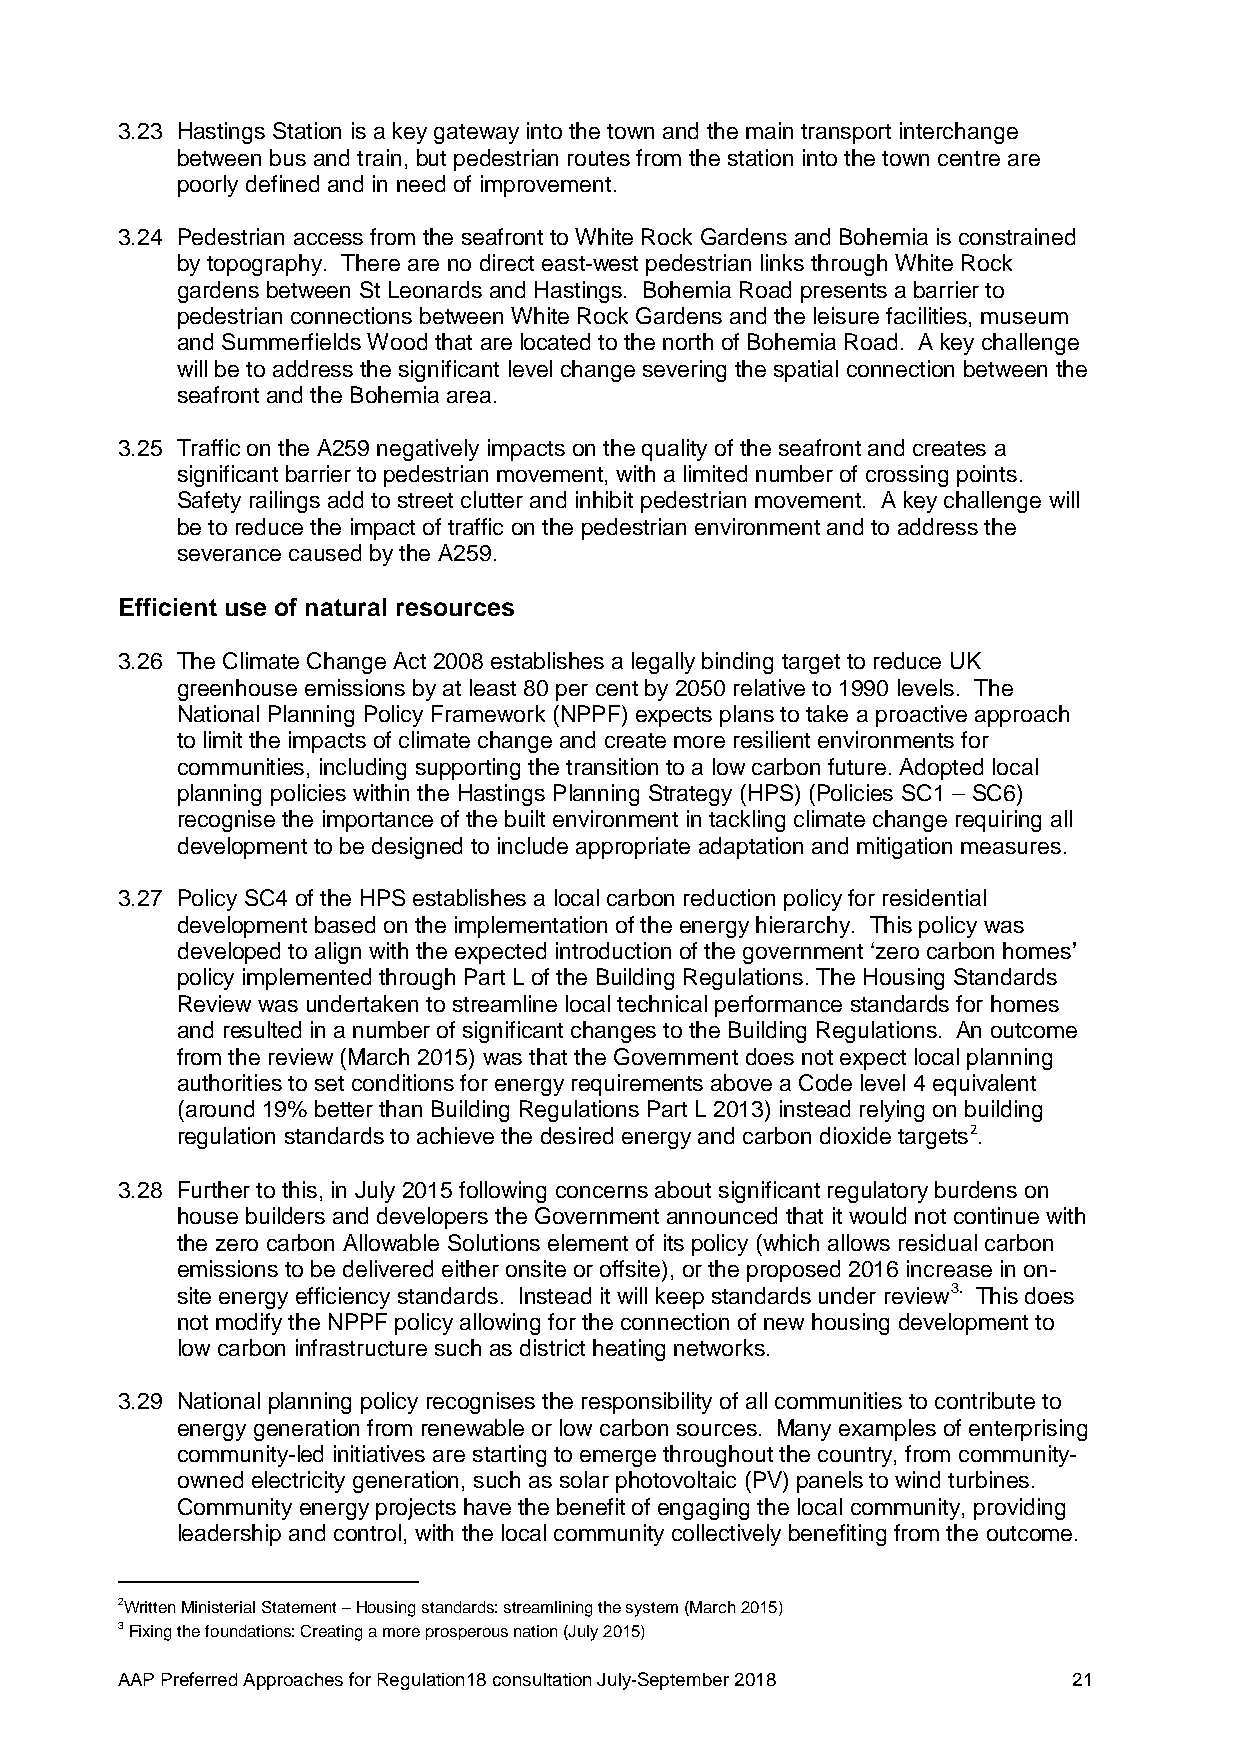
3.23 Hastings Station is a key gateway into the town and the main transport interchange
 between bus and train, but pedestrian routes from the station into the town centre are
 poorly defined and in need of improvement.
 3.24 Pedestrian access from the seafront to White Rock Gardens and Bohemia is constrained
 by topography. There are no direct east-west pedestrian links through White Rock
 gardens between St Leonards and Hastings. Bohemia Road presents a barrier to
 pedestrian connections between White Rock Gardens and the leisure facilities, museum
 and Summerfields Wood that are located to the north of Bohemia Road. A key challenge
 will be to address the significant level change severing the spatial connection between the
 seafront and the Bohemia area.
 3.25 Traffic on the A259 negatively impacts on the quality of the seafront and creates a
 significant barrier to pedestrian movement, with a limited number of crossing points.
 Safety railings add to street clutter and inhibit pedestrian movement. A key challenge will
 be to reduce the impact of traffic on the pedestrian environment and to address the
 severance caused by the A259.
 Efficient use of natural resources
 3.26 The Climate Change Act 2008 establishes a legally binding target to reduce UK
 greenhouse emissions by at least 80 per cent by 2050 relative to 1990 levels. The
 National Planning Policy Framework (NPPF) expects plans to take a proactive approach
 to limit the impacts of climate change and create more resilient environments for
 communities, including supporting the transition to a low carbon future. Adopted local
 planning policies within the Hastings Planning Strategy (HPS) (Policies SC1 – SC6)
 recognise the importance of the built environment in tackling climate change requiring all
 development to be designed to include appropriate adaptation and mitigation measures.
 3.27 Policy SC4 of the HPS establishes a local carbon reduction policy for residential
 development based on the implementation of the energy hierarchy. This policy was
 developed to align with the expected introduction of the government ‘zero carbon homes’
 policy implemented through Part L of the Building Regulations. The Housing Standards
 Review was undertaken to streamline local technical performance standards for homes
 and resulted in a number of significant changes to the Building Regulations. An outcome
 from the review (March 2015) was that the Government does not expect local planning
 authorities to set conditions for energy requirements above a Code level 4 equivalent
 (around 19% better than Building Regulations Part L 2013) instead relying on building
 regulation standards to achieve the desired energy and carbon dioxide targets2.
 3.28 Further to this, in July 2015 following concerns about significant regulatory burdens on
 house builders and developers the Government announced that it would not continue with
 the zero carbon Allowable Solutions element of its policy (which allows residual carbon
 emissions to be delivered either onsite or offsite), or the proposed 2016 increase in on-
 site energy efficiency standards. Instead it will keep standards under review3. This does
 not modify the NPPF policy allowing for the connection of new housing development to
 low carbon infrastructure such as district heating networks.
 3.29 National planning policy recognises the responsibility of all communities to contribute to
 energy generation from renewable or low carbon sources. Many examples of enterprising
 community-led initiatives are starting to emerge throughout the country, from community-
 owned electricity generation, such as solar photovoltaic (PV) panels to wind turbines.
 Community energy projects have the benefit of engaging the local community, providing
 leadership and control, with the local community collectively benefiting from the outcome.
 2Written Ministerial Statement – Housing standards: streamlining the system (March 2015)
 3 Fixing the foundations: Creating a more prosperous nation (July 2015)
 AAP Preferred Approaches for Regulation18 consultation July-September 2018 21